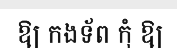
ឱ្យ កងទ័ព កុំ ឱ្យ